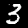
Digit: 3